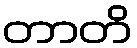
တာတိ